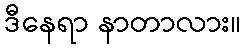
ဒီနေရာ နာတာလား။